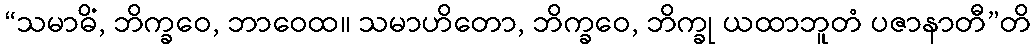
“သမာဓိံ, ဘိက္ခဝေ, ဘာဝေထ။ သမာဟိတော, ဘိက္ခဝေ, ဘိက္ခု ယထာဘူတံ ပဇာနာတီ”တိ